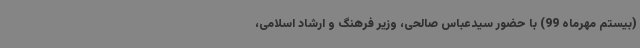
(بیستم مهرماه 99) با حضور سیدعباس صالحی، وزیر فرهنگ و ارشاد اسلامی،